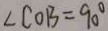
\angle C O B = 9 0 ^ { \circ }